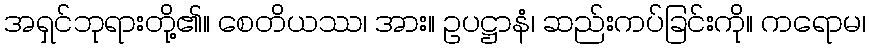
အရှင်ဘုရားတို့၏။ စေတိယဿ၊ အား။ ဥပဋ္ဌာနံ၊ ဆည်းကပ်ခြင်းကို။ ကရောမ၊